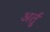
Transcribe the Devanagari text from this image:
अर्तु